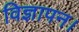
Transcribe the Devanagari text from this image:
विज्ञापन।